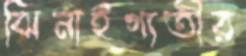
ঝিনাইগাতীর